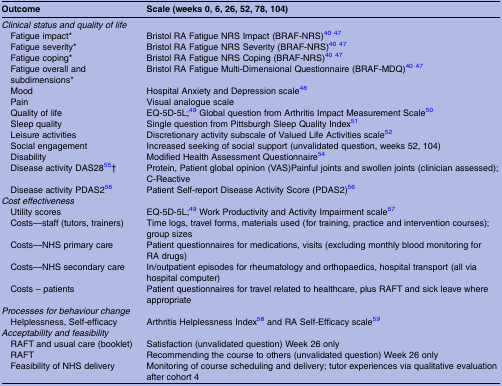
<table><thead><tr><td><b>Outcome</b></td><td><b>Scale (weeks 0, 6, 26, 52, 78, 104)</b></td></tr></thead><tbody><tr><td colspan="2"><i>Clinical status and quality of life</i></td></tr><tr><td> Fatigue impact*</td><td>Bristol RA Fatigue NRS Impact (BRAF-NRS)4047</td></tr><tr><td> Fatigue severity*</td><td>Bristol RA Fatigue NRS Severity (BRAF-NRS)4047</td></tr><tr><td> Fatigue coping*</td><td>Bristol RA Fatigue NRS Coping (BRAF-NRS)4047</td></tr><tr><td> Fatigue overall and subdimensions*</td><td>Bristol RA Fatigue Multi-Dimensional Questionnaire (BRAF-MDQ)4047</td></tr><tr><td> Mood</td><td>Hospital Anxiety and Depression scale48</td></tr><tr><td> Pain</td><td>Visual analogue scale</td></tr><tr><td> Quality of life</td><td>EQ-5D-5L;49 Global question from Arthritis Impact Measurement Scale50</td></tr><tr><td> Sleep quality</td><td>Single question from Pittsburgh Sleep Quality Index51</td></tr><tr><td> Leisure activities</td><td>Discretionary activity subscale of Valued Life Activities scale52</td></tr><tr><td> Social engagement</td><td>Increased seeking of social support (unvalidated question, weeks 52, 104)</td></tr><tr><td> Disability</td><td>Modified Health Assessment Questionnaire54</td></tr><tr><td> Disease activity DAS2855†</td><td>Protein, Patient global opinion (VAS)Painful joints and swollen joints (clinician assessed); C-Reactive</td></tr><tr><td> Disease activity PDAS256</td><td>Patient Self-report Disease Activity Score (PDAS2)56</td></tr><tr><td colspan="2"><i>Cost effectiveness</i></td></tr><tr><td> Utility scores</td><td>EQ-5D-5L;49 Work Productivity and Activity Impairment scale57</td></tr><tr><td> Costs—staff (tutors, trainers)</td><td>Time logs, travel forms, materials used (for training, practice and intervention courses); group sizes</td></tr><tr><td> Costs—NHS primary care</td><td>Patient questionnaires for medications, visits (excluding monthly blood monitoring for RA drugs)</td></tr><tr><td> Costs—NHS secondary care</td><td>In/outpatient episodes for rheumatology and orthopaedics, hospital transport (all via hospital computer)</td></tr><tr><td> Costs – patients</td><td>Patient questionnaires for travel related to healthcare, plus RAFT and sick leave where appropriate</td></tr><tr><td colspan="2"><i>Processes for behaviour change</i></td></tr><tr><td> Helplessness, Self-efficacy</td><td>Arthritis Helplessness Index58 and RA Self-Efficacy scale59</td></tr><tr><td colspan="2"><i>Acceptability and feasibility</i></td></tr><tr><td> RAFT and usual care (booklet)</td><td>Satisfaction (unvalidated question) Week 26 only</td></tr><tr><td> RAFT</td><td>Recommending the course to others (unvalidated question) Week 26 only</td></tr><tr><td> Feasibility of NHS delivery</td><td>Monitoring of course scheduling and delivery; tutor experiences via qualitative evaluation after cohort 4</td></tr></tbody></table>